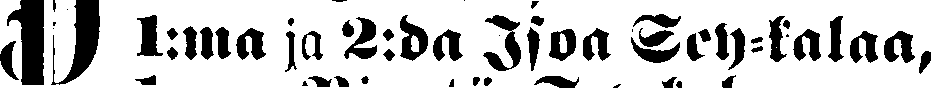
# 1:ma ja 2:da Isoa Sey-kalaa,